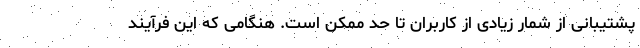
پشتیبانی از شمار زیادی از کاربران تا حد ممکن است. هنگامی که این فرآیند